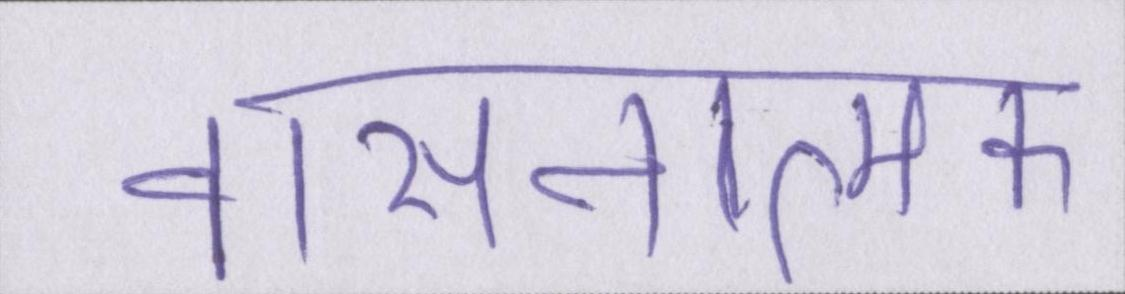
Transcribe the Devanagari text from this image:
वासनात्मक